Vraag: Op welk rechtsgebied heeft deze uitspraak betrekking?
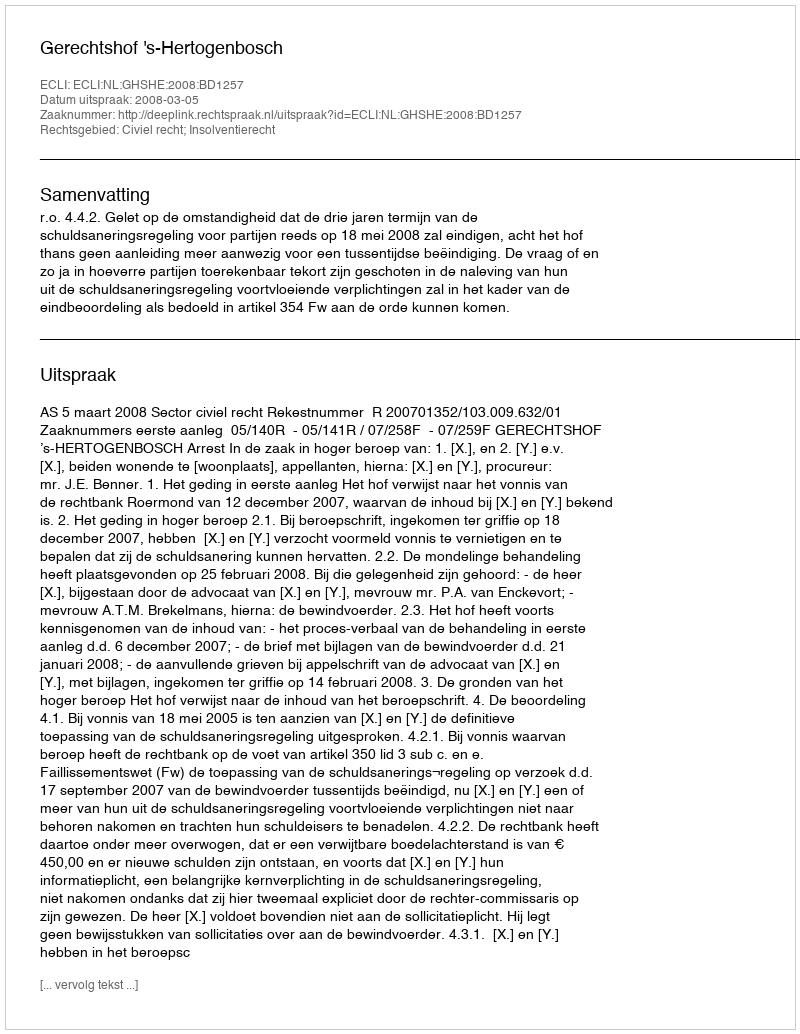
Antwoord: Civiel recht; Insolventierecht